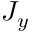
J _ { y }